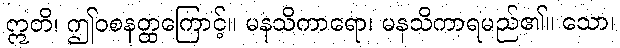
ဣတိ၊ ဤဝစနတ္ထကြောင့်။ မနသိကာရော၊ မနသိကာရမည်၏။ သော၊